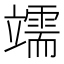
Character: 䇕